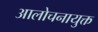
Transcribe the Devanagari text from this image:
आलोचनायुक्त